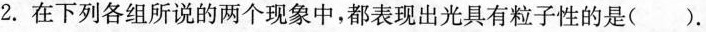
2.在下列各组所说的两个现象中，都表现出光具有粒子性的是().